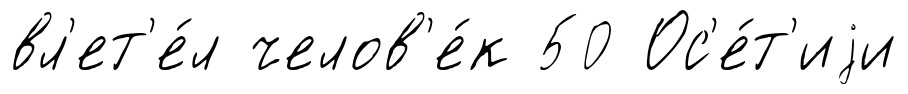
вл'ет'е́л челов'е́к 50 Ос'е́т'иjи